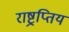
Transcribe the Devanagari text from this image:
राष्ट्रप्तिय